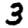
Digit: 3